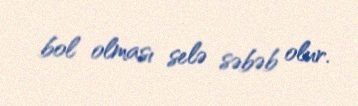
bol olması selə səbəb olur.